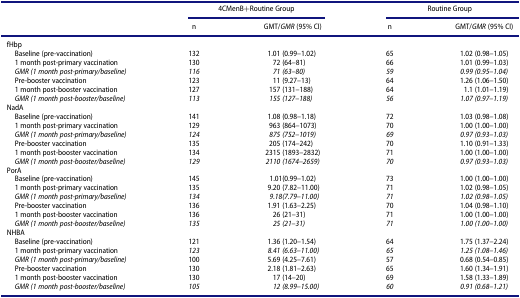
<table><thead><tr><td><b> </b></td><td colspan="2"><b>4CMenB+Routine Group</b></td><td colspan="2"><b>Routine Group</b></td></tr><tr><td><b> </b></td><td><b>n</b></td><td><b>GMT/<i>GMR</i> (95% CI)</b></td><td><b>n</b></td><td><b>GMT/<i>GMR</i> (95% CI)</b></td></tr></thead><tbody><tr><td>fHbp</td><td colspan="2"> </td><td colspan="2"> </td></tr><tr><td> Baseline (pre-vaccination)</td><td>132</td><td>1.01 (0.99–1.02)</td><td>65</td><td>1.02 (0.98–1.05)</td></tr><tr><td> 1 month post-primary vaccination</td><td>130</td><td>72 (64–81)</td><td>66</td><td>1.01 (0.99–1.03)</td></tr><tr><td> <i>GMR (1 month post-primary/baseline)</i></td><td><i>116</i></td><td><i>71 (63–80)</i></td><td><i>59</i></td><td><i>0.99 (0.95–1.04)</i></td></tr><tr><td> Pre-booster vaccination</td><td>123</td><td>11 (9.27–13)</td><td>64</td><td>1.26 (1.06–1.50)</td></tr><tr><td> 1 month post-booster vaccination</td><td>127</td><td>157 (131–188)</td><td>64</td><td>1.1 (1.01–1.19)</td></tr><tr><td> <i>GMR (1 month post-booster/baseline)</i></td><td><i>113</i></td><td><i>155 (127–188)</i></td><td><i>56</i></td><td><i>1.07 (0.97–1.19)</i></td></tr><tr><td>NadA</td><td colspan="2"> </td><td colspan="2"> </td></tr><tr><td> Baseline (pre-vaccination)</td><td>141</td><td>1.08 (0.98–1.18)</td><td>72</td><td>1.03 (0.98–1.08)</td></tr><tr><td> 1 month post-primary vaccination</td><td>129</td><td>963 (864–1073)</td><td>70</td><td>1.00 (1.00–1.00)</td></tr><tr><td> <i>GMR (1 month post-primary/baseline)</i></td><td><i>124</i></td><td><i>875 (752–1019)</i></td><td><i>69</i></td><td><i>0.97 (0.93–1.03)</i></td></tr><tr><td> Pre-booster vaccination</td><td>135</td><td>205 (174–242)</td><td>70</td><td>1.10 (0.91–1.33)</td></tr><tr><td> 1 month post-booster vaccination</td><td>134</td><td>2315 (1893–2832)</td><td>71</td><td>1.00 (1.00–1.00)</td></tr><tr><td> <i>GMR (1 month post-booster/baseline)</i></td><td><i>129</i></td><td><i>2110 (1674–2659)</i></td><td><i>70</i></td><td><i>0.97 (0.93–1.03)</i></td></tr><tr><td>PorA</td><td colspan="2"> </td><td colspan="2"> </td></tr><tr><td> Baseline (pre-vaccination)</td><td>145</td><td>1.01(0.99–1.02)</td><td>73</td><td>1.00 (1.00–1.00)</td></tr><tr><td> 1 month post-primary vaccination</td><td>135</td><td>9.20 (7.82–11.00)</td><td>71</td><td>1.02 (0.98–1.05)</td></tr><tr><td> <i>GMR (1 month post-primary/baseline)</i></td><td><i>134</i></td><td><i>9.18(7.79–11.00)</i></td><td><i>71</i></td><td><i>1.02 (0.98–1.05)</i></td></tr><tr><td> Pre-booster vaccination</td><td>136</td><td>1.91 (1.63–2.25)</td><td>70</td><td>1.04 (0.98–1.10)</td></tr><tr><td> 1 month post-booster vaccination</td><td>136</td><td>26 (21–31)</td><td>71</td><td>1.00 (1.00–1.00)</td></tr><tr><td> <i>GMR (1 month post-booster/baseline)</i></td><td><i>135</i></td><td><i>25 (21–31)</i></td><td><i>71</i></td><td><i>1.00 (1.00–1.00)</i></td></tr><tr><td>NHBA</td><td colspan="2"> </td><td colspan="2"> </td></tr><tr><td> Baseline (pre-vaccination)</td><td>121</td><td>1.36 (1.20–1.54)</td><td>64</td><td>1.75 (1.37–2.24)</td></tr><tr><td> 1 month post-primary vaccination</td><td><i>123</i></td><td><i>8.41 (6.63–11.00)</i></td><td><i>65</i></td><td><i>1.25 (1.08–1.46)</i></td></tr><tr><td> <i>GMR (1 month post-primary/baseline)</i></td><td>100</td><td>5.69 (4.25–7.61)</td><td>57</td><td>0.68 (0.54–0.85)</td></tr><tr><td> Pre-booster vaccination</td><td>130</td><td>2.18 (1.81–2.63)</td><td>65</td><td>1.60 (1.34–1.91)</td></tr><tr><td> 1 month post-booster vaccination</td><td>130</td><td>17 (14–20)</td><td>69</td><td>1.58 (1.33–1.89)</td></tr><tr><td> <i>GMR (1 month post-booster/baseline)</i></td><td><i>105</i></td><td><i>12 (8.99–15.00)</i></td><td><i>60</i></td><td><i>0.91 (0.68–1.21)</i></td></tr></tbody></table>